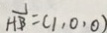
\frac { 1 } { A B } = ( 1 , 0 , 0 )